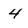
Character: 4